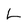
Character: L